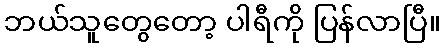
ဘယ်သူတွေတော့ ပါရီကို ပြန်လာပြီ။